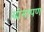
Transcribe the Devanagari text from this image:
यांनापण